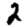
Digit: 2